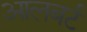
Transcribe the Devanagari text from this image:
आलबर्ट